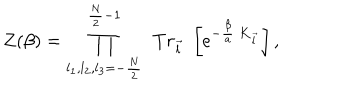
LaTeX: { \cal Z } ( \beta ) = \prod _ { l _ { 1 } , l _ { 2 } , l _ { 3 } = - \frac { N } { 2 } } ^ { \frac { N } { 2 } - 1 } \; \, T r _ { \vec { l } } \; \left[ e ^ { - \frac { \beta } { a } \; { \bf K } _ { \vec { l } } } \right] ,